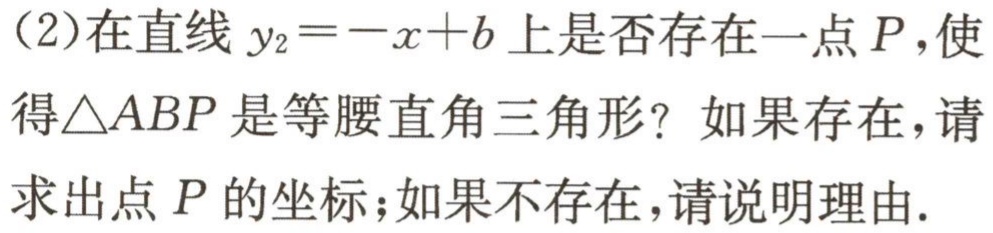
（2）在直线 \(y_{2}=-x + b\) 上是否存在一点 \(P\)，使得\(\triangle ABP\) 是等腰直角三角形？如果存在，请求出点 \(P\) 的坐标；如果不存在，请说明理由.